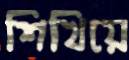
শিখিয়ে